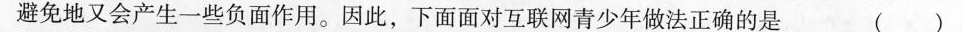
避免地又会产生一些负面作用。因此，下面面对互联网青少年做法正确的是 ()